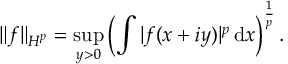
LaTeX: \| f \| _ { H ^ { p } } = \operatorname* { s u p } _ { y > 0 } \left( \int | f ( x + i y ) | ^ { p } \, \mathrm { d } x \right) ^ { \frac { 1 } { p } } .